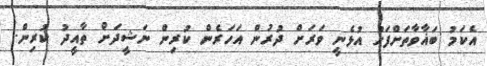
އެކަމު ބަޣާވާތަށްފަހު އުޅެނީ ވަރަށް ދުރުން އަހަރެން ކުރިން ނަޝީދަށް ތާއީދު ކުރިން.